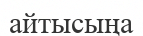
айтысыңа